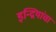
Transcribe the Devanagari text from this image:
इन्द्रियांचा